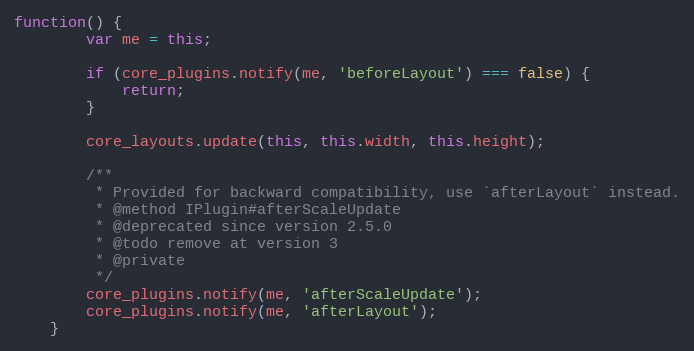
Language: JavaScript
function() {
		var me = this;

		if (core_plugins.notify(me, 'beforeLayout') === false) {
			return;
		}

		core_layouts.update(this, this.width, this.height);

		/**
		 * Provided for backward compatibility, use `afterLayout` instead.
		 * @method IPlugin#afterScaleUpdate
		 * @deprecated since version 2.5.0
		 * @todo remove at version 3
		 * @private
		 */
		core_plugins.notify(me, 'afterScaleUpdate');
		core_plugins.notify(me, 'afterLayout');
	}